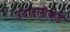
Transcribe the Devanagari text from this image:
उदात्ततेकडे